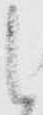
候